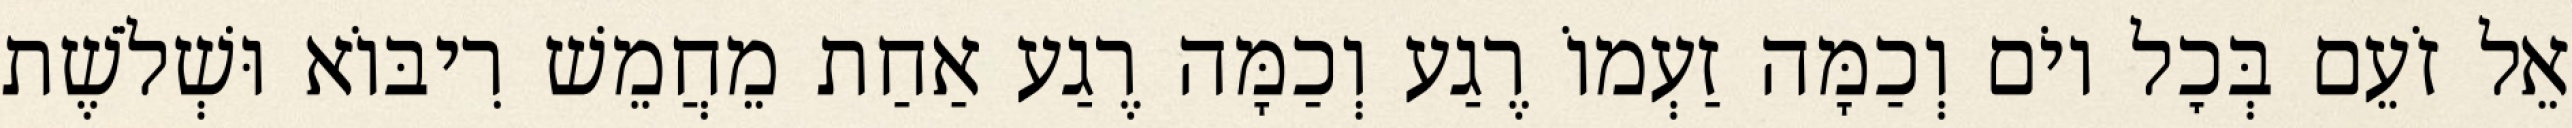
אֵל זֹעֵם בְּכׇל יוֹם וְכַמָּה זַעְמוֹ רֶגַע וְכַמָּה רֶגַע אַחַת מֵחֲמֵשׁ רִיבּוֹא וּשְׁלֹשֶׁת